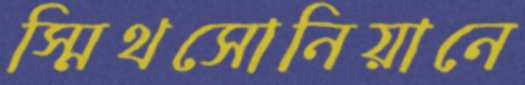
স্মিথসোনিয়ানে